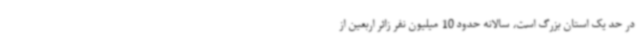
در حد یک استان بزرگ است، سالانه حدود 10 میلیون نفر زائر اربعین از